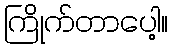
ကြိုက်တာပေါ့။